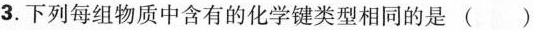
3.下列每组物质中含有的化学键类型相同的是( )